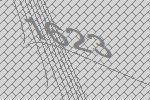
1623